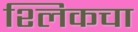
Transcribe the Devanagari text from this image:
श्लिकचा